Scottish Leaving Certificate Examination, 1954
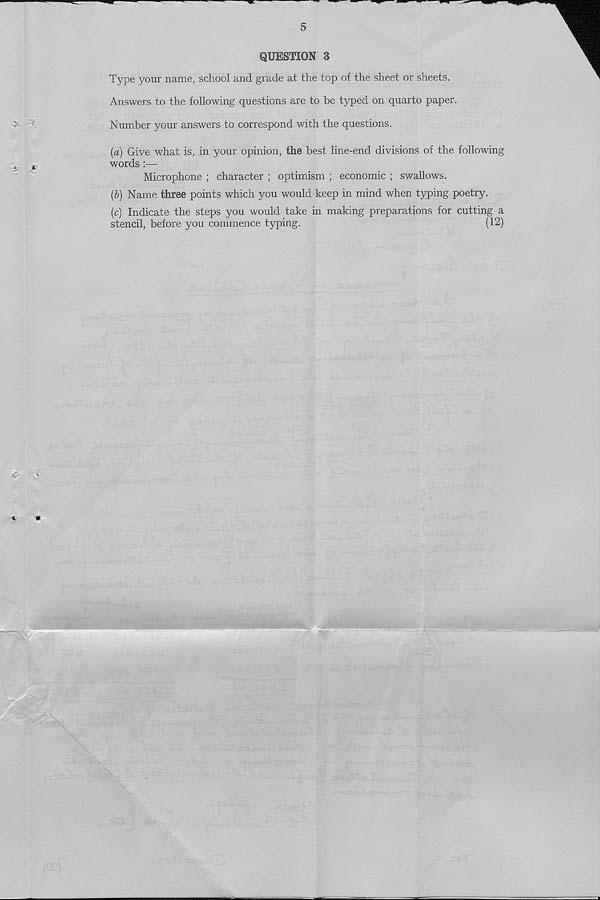
5
9'
-i *'
QUESTION 3
Type your name, school and grade at the top of the sheet or sheets.
Answers to the following questions are to be typed on quarto paper.
Number your answers to correspond with the questions.
{a) Give what is, in your opinion, the best line-end divisions of the following
words :—
Microphone ; character ; optimism ; economic ; swallows.
(6) Name three points which you would keep in mind when typing poetry.
(c) Indicate the steps you would take in making preparations for cutting a
stencil, before you commence typing.
(12)
^
V
sag
X
1
-...JX, j -Ixirv